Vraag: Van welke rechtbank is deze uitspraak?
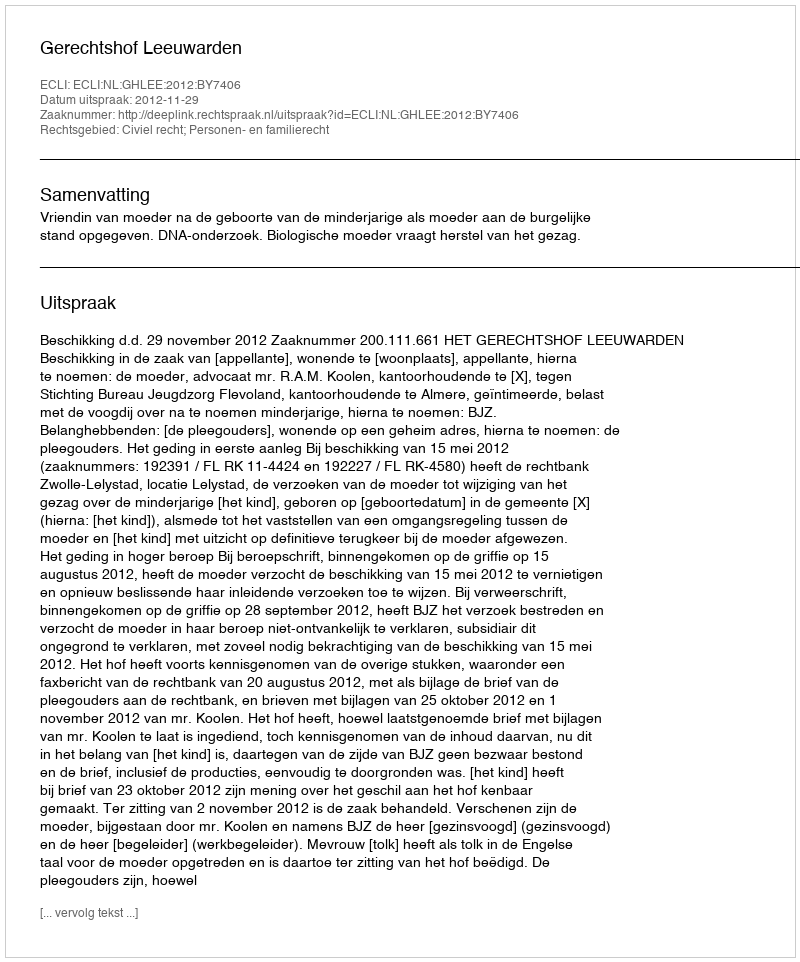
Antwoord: Gerechtshof Leeuwarden